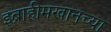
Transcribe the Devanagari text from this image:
इब्राहीमखानच्या